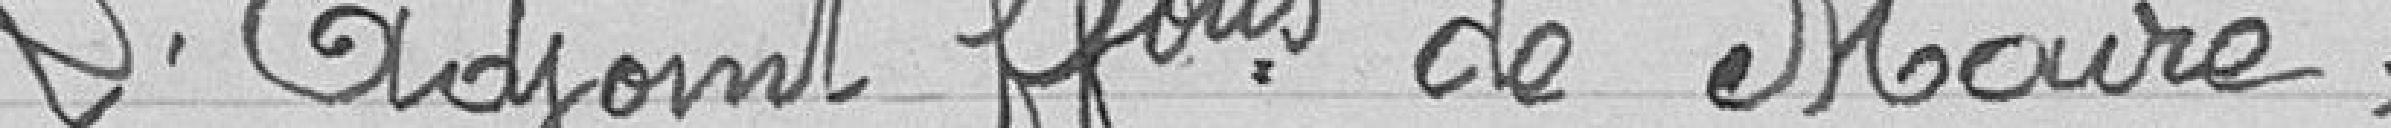
L'Adjoint ..... de Maire